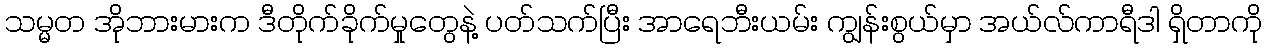
သမ္မတ အိုဘားမားက ဒီတိုက်ခိုက်မှုတွေနဲ့ ပတ်သက်ပြီး အာရေဘီးယမ်း ကျွန်းစွယ်မှာ အယ်လ်ကာရီဒါ ရှိတာကို